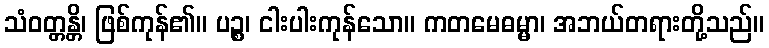
သံဝတ္တန္တိ၊ ဖြစ်ကုန်၏။ ပဉ္စ၊ ငါးပါးကုန်သော။ ကတမေဓမ္မာ၊ အဘယ်တရားတို့သည်။